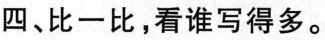
四、比一比，看谁写得多。